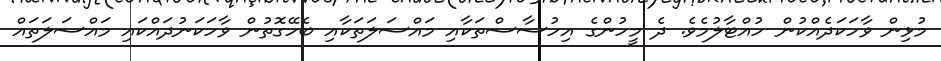
މުޅިން ވާހަކަދެއްކުން ހުއްޓާލުމެވެ. ދެ މީހުންގެ އިހުސާސްތަކާއި މައްސަލަތަކާއި ބެހޭގޮތުން ވާހަކަނުދައްކައި މައްސަލަތައް